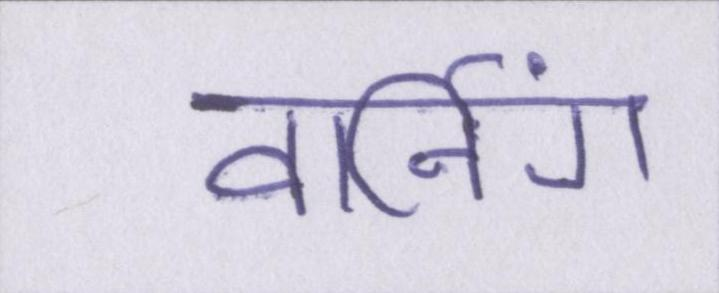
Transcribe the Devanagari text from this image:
वार्निंग